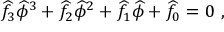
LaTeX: \widehat { f } _ { 3 } \widehat { \phi } ^ { 3 } + \widehat { f } _ { 2 } \widehat { \phi } ^ { 2 } + \widehat { f } _ { 1 } \widehat { \phi } + \widehat { f } _ { 0 } = 0 \ ,